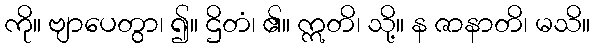
ကို။ ဗျာပေတွာ၊ ၍။ ဌိတံ၊ ၏။ ဣတိ၊ သို့။ န ဇာနာတိ၊ မသိ။